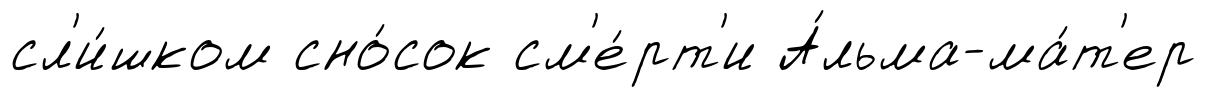
сл'и́шком сно́сок см'е́рт'и А́льма-ма́т'ер